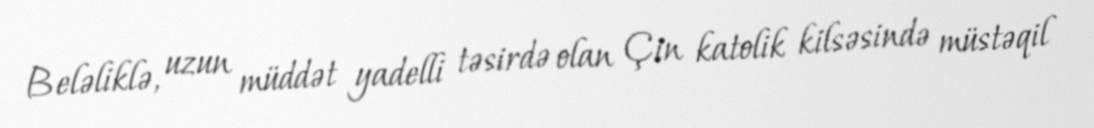
Beləliklə, uzun müddət yadelli təsirdə olan Çin katolik kilsəsində müstəqil